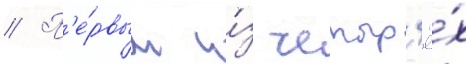
// П'е́рвым и́з четыр'ё́х